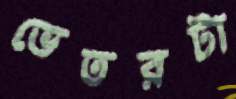
ভেতরটা